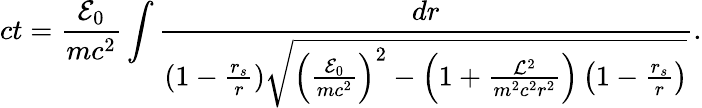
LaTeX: ct=\frac{{\cal{E}}_{0}}{mc^{2}}\int\frac{dr}{(1-\frac{r_{s}}{r})\sqrt{\left(\frac{{\cal{E}}_{0}}{mc^{2}}\right)^{2}-\left(1+\frac{{\cal{L}}^{2}}{m^{2}c^{2}r^{2}}\right)\left(1-\frac{r_{s}}{r}\right)}}.